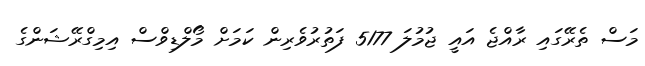
މަސް ތެރޭގައި ރާއްޖެ އައީ ޖުމުލަ 5177 ފަތުރުވެރިން ކަމަށް މޯލްޑިވްސް އިމިގްރޭޝަންގެ